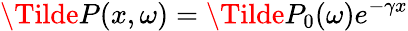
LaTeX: \Tilde{P}(x,\omega)=\Tilde{P}_{0}(\omega)e^{-\gamma x}